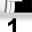
Digit: 1